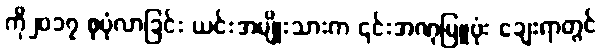
ကို၂၀၁၇ စုပုံလာခြင်း ယင်းအမျိုးသားက ၎င်းအဏုမြူဗုံး ချေးရာတွင်